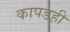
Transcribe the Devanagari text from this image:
कापडही